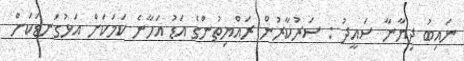
ނައިބު ދިޔާނާ ސައީދު : ސަރުކާރުން ރައްޔިތުންގެ އަޑު އަހާނެ ކަމަކަށް އަޅުގަނޑަކަށް